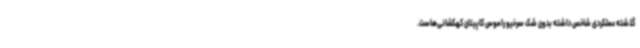
گذشته عملکردی شاخص داشته بدون شک سرخیو راموس کاپیتان کهکشانی‌هاست.